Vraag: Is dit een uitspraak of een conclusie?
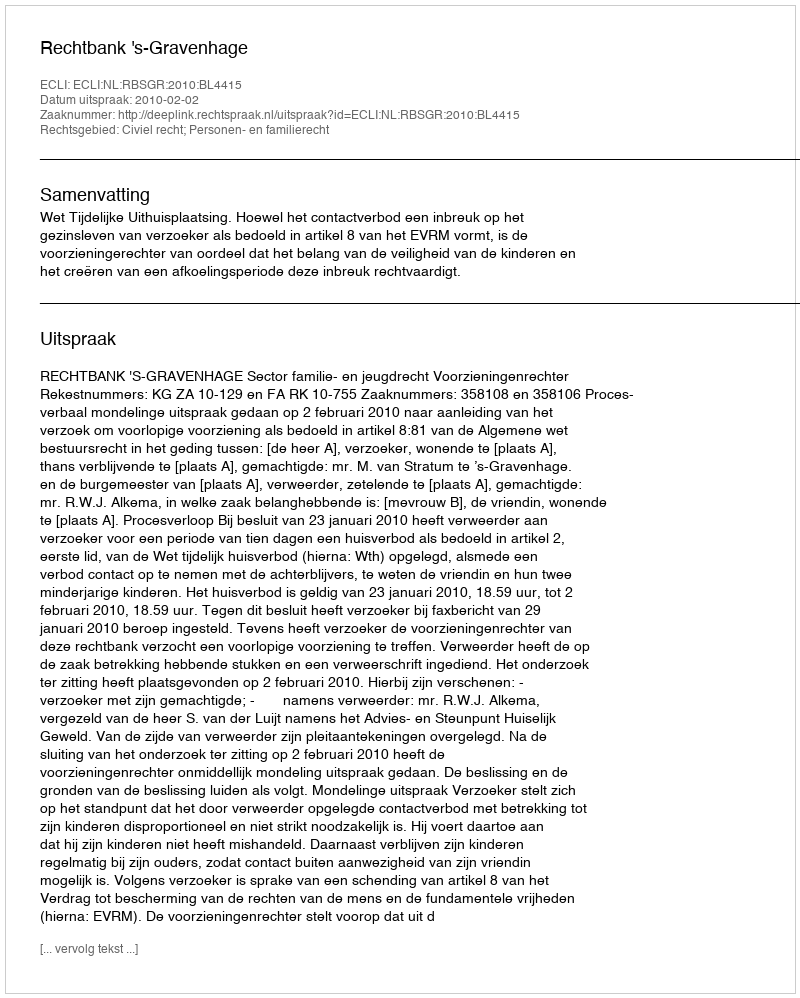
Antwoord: Uitspraak